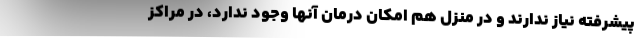
پیشرفته نیاز ندارند و در منزل هم امکان درمان آنها وجود ندارد، در مراکز